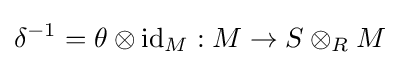
\delta ^{-1}=\theta \otimes \operatorname {id} _{M}:M\to S\otimes _{R}M